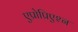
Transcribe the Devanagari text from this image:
एप्रोप्रिएश्न